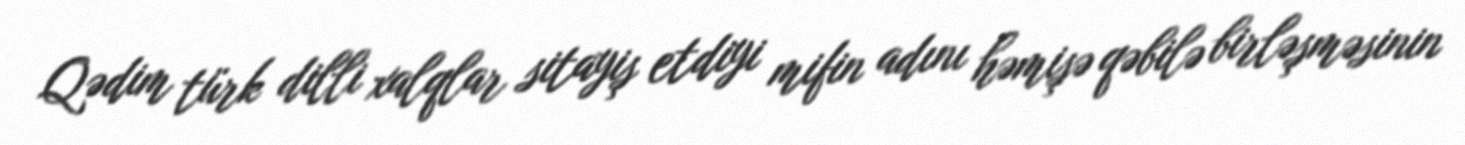
Qədim türk dilli xalqlar sitayiş etdiyi mifin adını həmişə qəbilə birləşməsinin